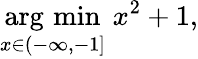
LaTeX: {\underset{x\in(-\infty,-1]}{\operatorname{arg\, min}}}\; x^{2}+1,